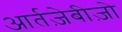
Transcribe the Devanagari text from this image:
आर्तज़ेबीज़ो